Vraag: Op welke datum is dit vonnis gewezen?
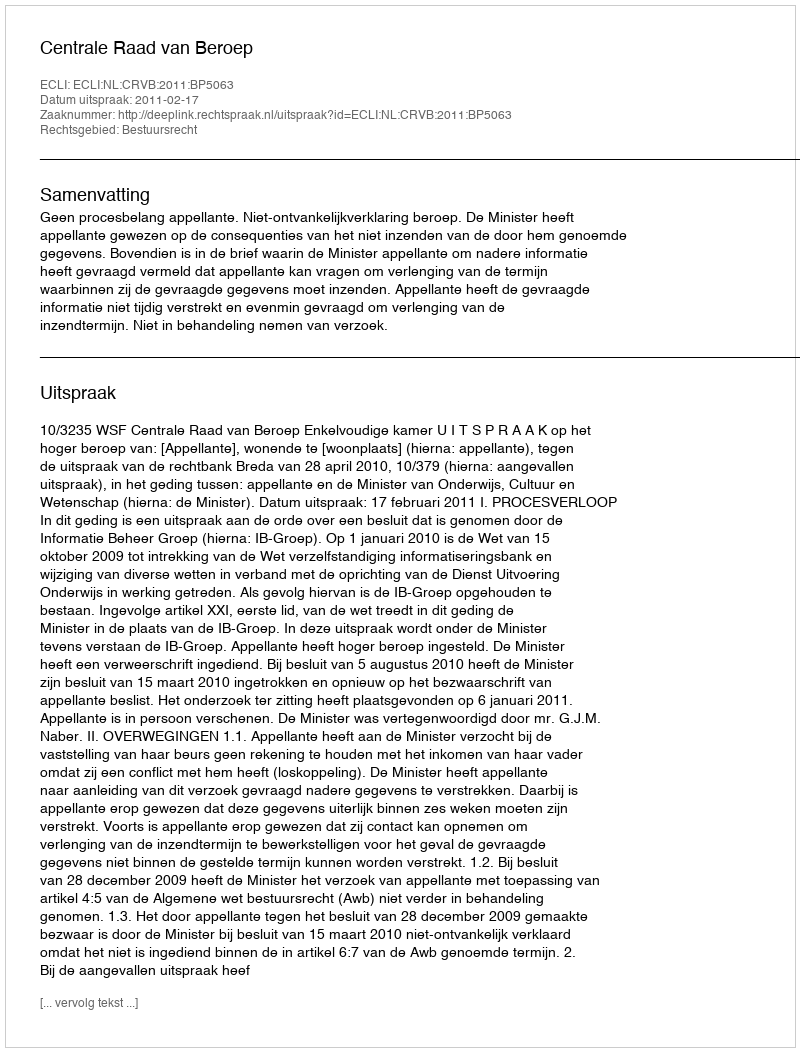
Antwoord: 2011-02-17